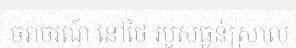
ចរាចរណ៍ នៅថៃ របួសធ្ងន់ស្រាល